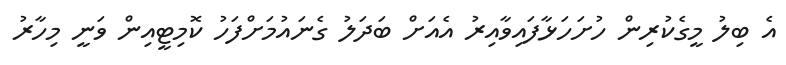
އެ ބިލު މީގެކުރިން ހުށަހަޅާފައިވާއިރު އެއަށް ބަދަލު ގެނައުމަށްފަހު ކޮމިޓީއިން ވަނީ މިހާރު